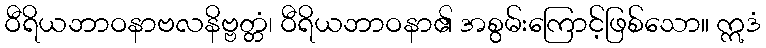
ဝီရိယဘာဝနာဗလနိဗ္ဗတ္တံ၊ ဝီရိယဘာဝနာ၏ အစွမ်းကြောင့်ဖြစ်သော။ ဣဒံ